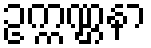
ဥက္ကဏ္ဌနာ